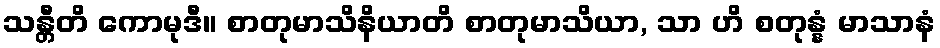
သန္တီတိ ကောမုဒီ။ စာတုမာသိနိယာတိ စာတုမာသိယာ, သာ ဟိ စတုန္နံ မာသာနံ